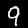
Label: 9